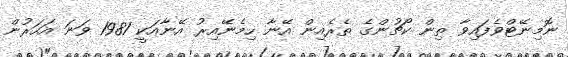
ނޮމިނޭޓްވެފައިވާ ތިން ކޯޗުންގެ ތެރެއިން އޭނާ ހިމެނޭއިރު އޭނާއަކީ 1981 ވަނަ އަހަރުން